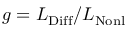
g = L _ { \mathrm { D i f f } } / L _ { \mathrm { N o n l } }